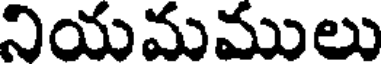
నియమములు